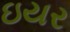
ઇયર